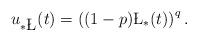
LaTeX: \begin{align*}u_{\ast\L}(t)=\left((1-p)\L_\ast(t)\right)^{q}.\end{align*}